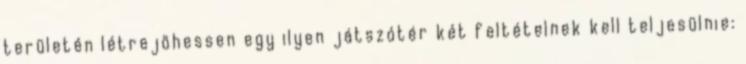
területén létrejöhessen egy ilyen játszótér két feltételnek kell teljesülnie: